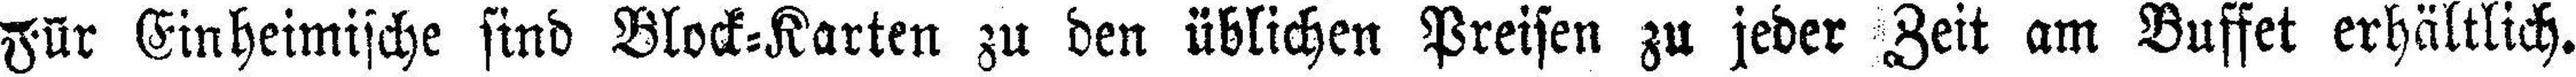
Für Einheimische sind Block=Karten zu den üblichen Preisen zu jeder Zeit am Buffet erhältlich.